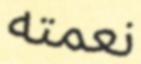
نعمته